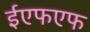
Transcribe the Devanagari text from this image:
ईएफएफ